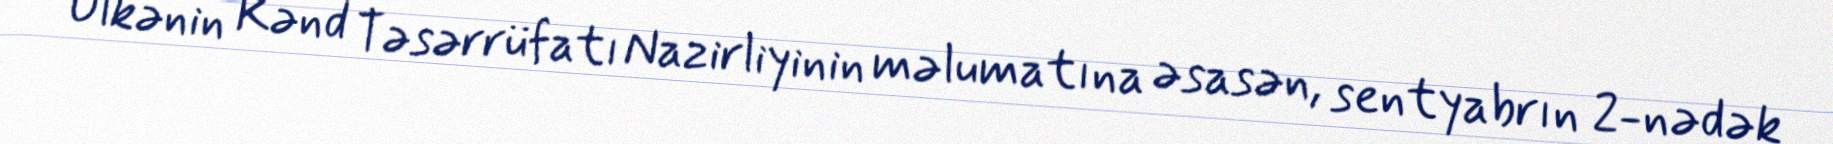
Ölkənin Kənd Təsərrüfatı Nazirliyinin məlumatına əsasən, sentyabrın 2-nədək